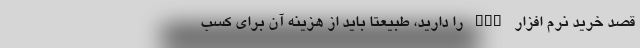
قصد خرید نرم افزار CRM را دارید، طبیعتا باید از هزینه آن برای کسب